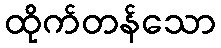
ထိုက်တန်သော